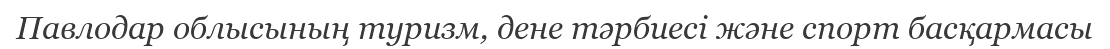
Павлодар облысының туризм, дене тәрбиесi және спорт басқармасы